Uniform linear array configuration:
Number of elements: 24
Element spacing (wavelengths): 0.25
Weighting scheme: blackman
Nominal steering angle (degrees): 60
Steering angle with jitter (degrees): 58.977
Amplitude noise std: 0.05
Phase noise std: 0.05

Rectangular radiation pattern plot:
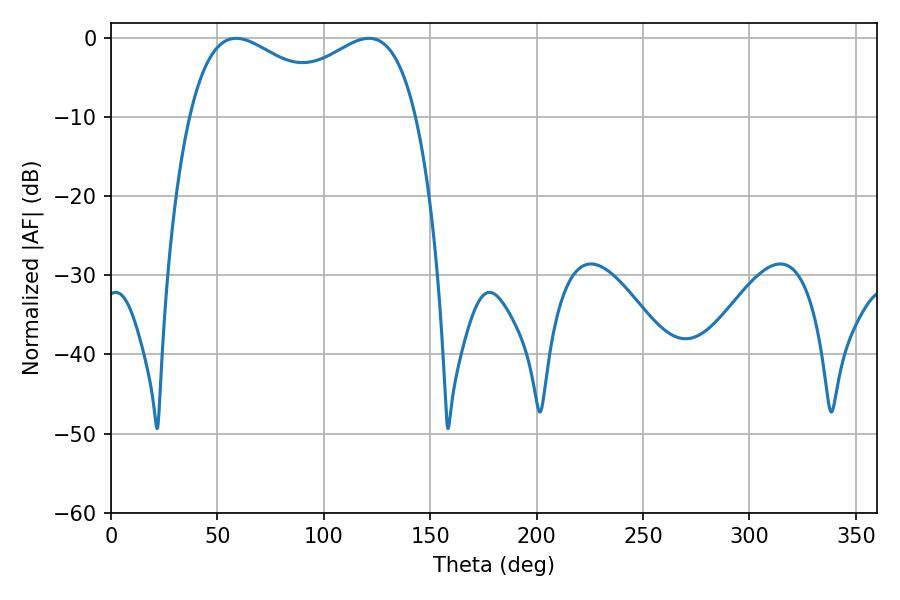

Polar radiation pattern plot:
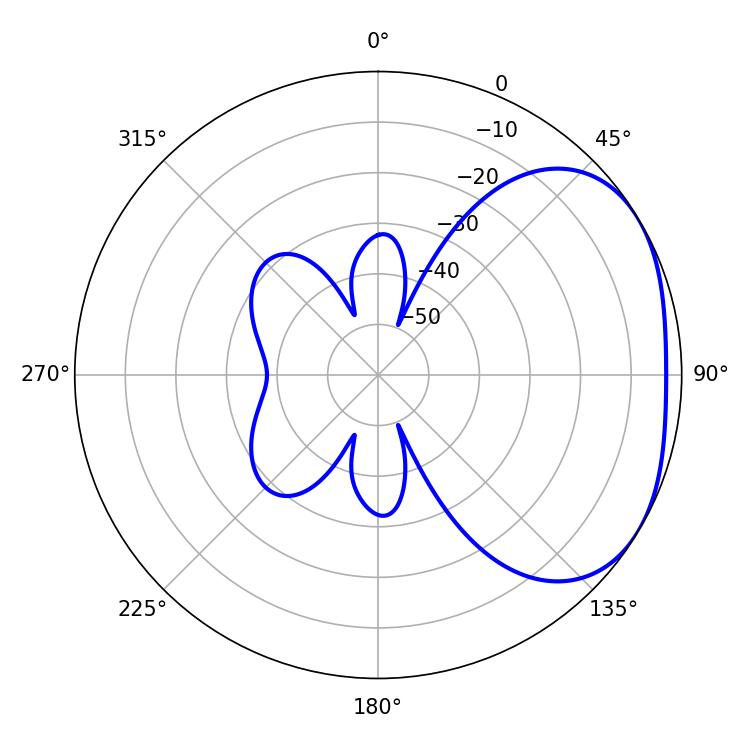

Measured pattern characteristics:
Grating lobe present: FALSE
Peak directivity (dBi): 2.621
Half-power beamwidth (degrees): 41.4
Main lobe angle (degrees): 58.86